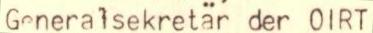
Generalsekretär der OIRT